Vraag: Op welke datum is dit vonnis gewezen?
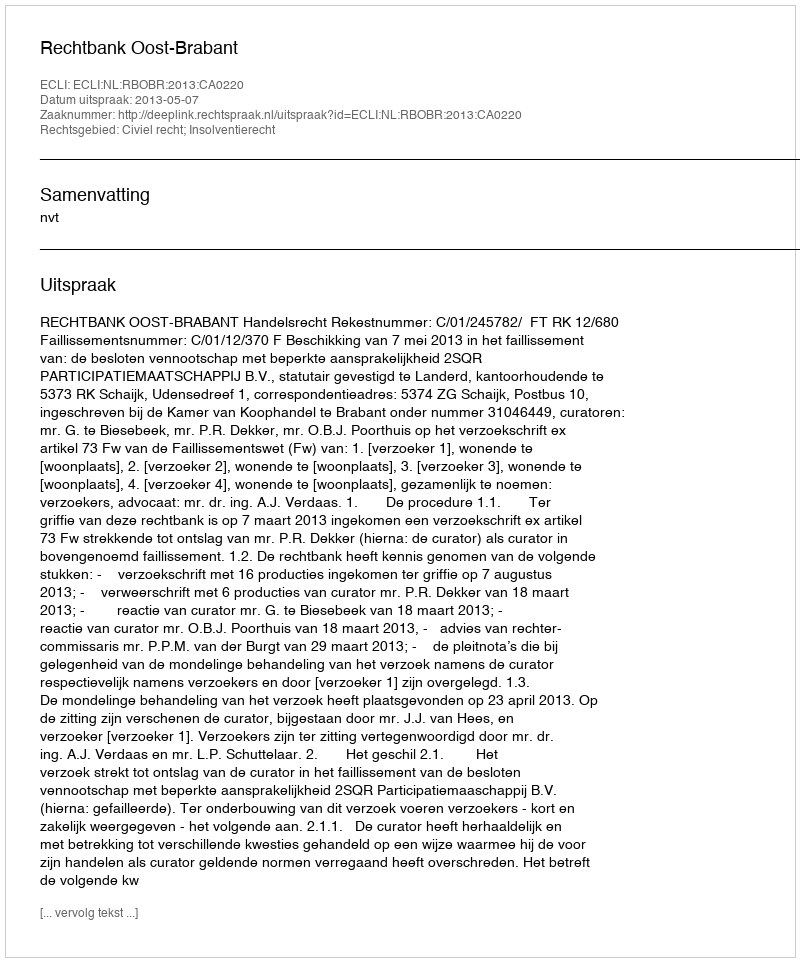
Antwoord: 2013-05-07